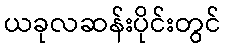
ယခုလဆန်းပိုင်းတွင်